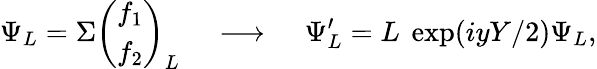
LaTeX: \Psi_{L}=\Sigma\left(\begin{array}{c}{{f_{1}}}\\ {{f_{2}}}\end{array}\right)_{L}\; \; \; \; \longrightarrow\; \; \; \; \Psi_{L}^{\prime}=L~\exp(iyY/2)\Psi_{L},